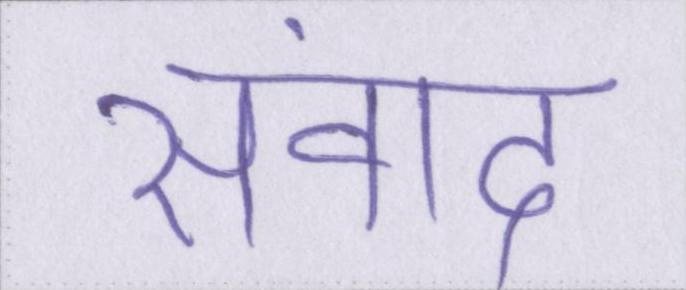
संवाद